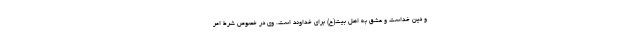
و دین خداست و عشق به اهل بیت(ع) برای خداوند است. وی در خصوص شرط امر